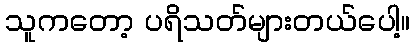
သူကတော့ ပရိသတ်များတယ်ပေါ့။